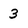
Character: 3